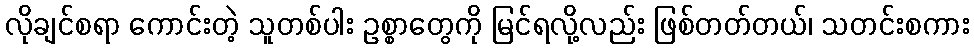
လိုချင်စရာ ကောင်းတဲ့ သူတစ်ပါး ဥစ္စာတွေကို မြင်ရလို့လည်း ဖြစ်တတ်တယ်၊ သတင်းစကား